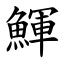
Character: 鯶